Cholera in India, 1862 to 1881
Year: 1862
Disease focus: Cholera
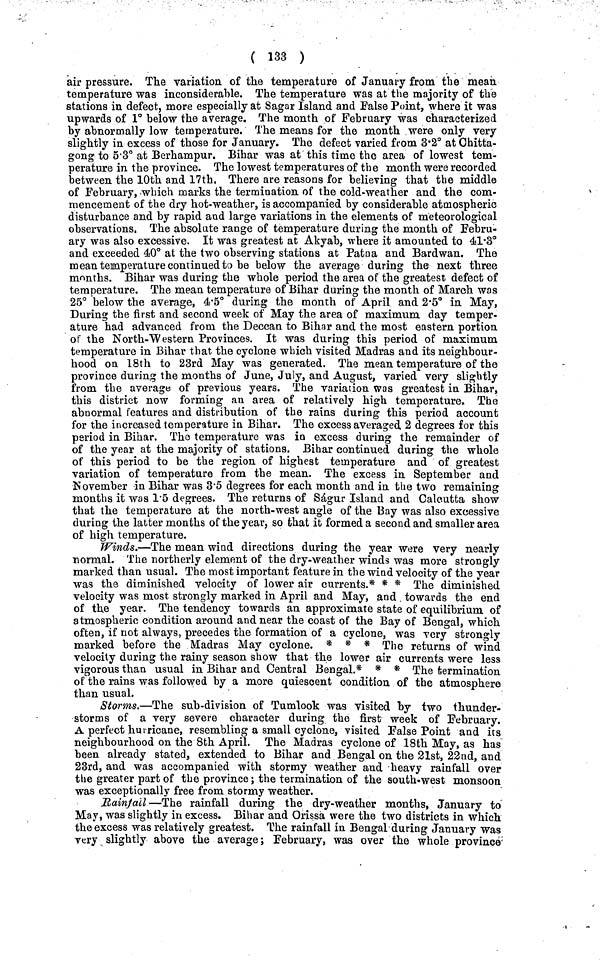
( 133 )
air pressure. The variation of the temperature of January from the mean
temperature was inconsiderable. The temperature was at the majority of the
stations in defect, more especially at Sagar Island and False Point, where it was
upwards of 1° below the average. The month of February was characterized
by abnormally low temperature. The means for the month were only very
slightly in excess of those for January. The defect varied from 3·2° at Chitta-
gong to 5·3° at Berhampur. Bihar was at this time the area of lowest tem-
perature in the province. The lowest temperatures of the month were recorded
between the 10th and 17th, There are reasons for believing that the middle
of February, which marks the termination of the cold-weather and the com-
mencement of the dry hot-weather, is accompanied by considerable atmospheric
disturbance and by rapid and large variations in the elements of meteorological
observations. The absolute range of temperature during the month of Febru-
ary was also excessive. It was greatest at Akyab, where it amounted to 41·3°a
nd exceeded 40° at the two observing stations at Patna and Bardwan. The
mean temperature continued to be below the average during the next three
months. Bihar was during the whole period the area of the greatest defect of
temperature. The mean temperature of Bihar during the month of March was
25° below the average, 4·5° during the month of April and 2·5° in May,
During the first and second week of May the area of maximum day temper-
ature had advanced from the Deccan to Bihar and the most eastern portion
of the North-Western Provinces. It was during this period of maximum
temperature in Bihar that the cyclone which visited Madras and its neighbour-
hood on 18th to 23rd May was generated. The mean temperature of the
province during the months of June, July, and August, varied very slightly
from the average of previous years. The variation was greatest in Bihar,
this district now forming an area of relatively high temperature. The
abnormal features and distribution of the rains during this period account
for the increased temperature in Bihar. The excess averaged, 2 degrees for this
period in Bihar. The temperature was in excess during the remainder of
of the year at the majority of stations. Bihar continued during the whole
of this period to be the region of highest temperature and of greatest
variation of temperature from the mean. The excess in September and
November in Bihar was 3·5 degrees for each month and in the two remaining
months it was 1·5 degrees. The returns of Sagur Island and Calcutta show
that the temperature at the north-west angle of the Bay was also excessive
during the latter months of the year, so that it formed a second and smaller area
of high temperature.
Winds.—The mean wind directions during the year were very nearly
normal. The northerly element of the dry-weather winds was more strongly
marked than usual. The most important feature in the wind velocity of the year
was the diminished velocity of lower air currents.* * * The diminished
velocity was most strongly marked in April and May, and towards the end
of the year. The tendency towards an approximate state of equilibrium of
atmospheric condition around and near the coast of the Bay of Bengal, which
often, if not always, precedes the formation of a cyclone, was very strongly
marked before the Madras May cyclone. * * * The returns of wind
velocity during the rainy season show that the lower air currents were less
vigorous than usual in Bihar and Central Bengal.* * * The termination
of the rains was followed by a more quiescent condition of the atmosphere
than usual.
Storms.—The sub-division of Tumlook was visited by two thunder-
storms of a very severe character during the first week of February.
A perfect hurricane, resembling a small cyclone, visited False Point and its
neighbourhood on the 8th April. The Madras cyclone of 18th May, as has
been already stated, extended to Bihar and Bengal on the 21st, 22nd, and
23rd, and was accompanied with stormy weather and heavy rainfall over
the greater part of the province; the termination of the south-west monsoon
was exceptionally free from stormy weather.
Rainfall—The rainfall during the dry-weather months, January to
May, was slightly in excess. Bihar and Orissa were the two districts in which
the excess was relatively greatest. The rainfall in Bengal during January was
very slightly above the average; February, was over the whole province